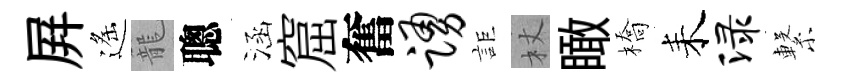
屛遙籠聰涵窟奮踊詎杖瞰橋耒渌繋